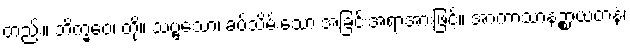
တည်း။ ဘိက္ခဝေ၊ တို့။ သဗ္ဗသော၊ ခပ်သိမ်းသော အခြင်းအရာအားဖြင့်။ အာကာသာနဉ္စာယတနံ၊